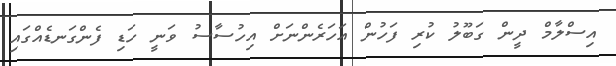
އިސްލާމް ދީން ގަބޫލު ކުރި ފަހުން އަހަރެންނަށް އިހުސާސު ވަނީ ހަޑި ފެންގަނޑެއްގައި